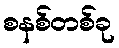
စနစ်တစ်ခု